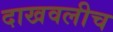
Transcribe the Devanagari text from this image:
दाखवलीच